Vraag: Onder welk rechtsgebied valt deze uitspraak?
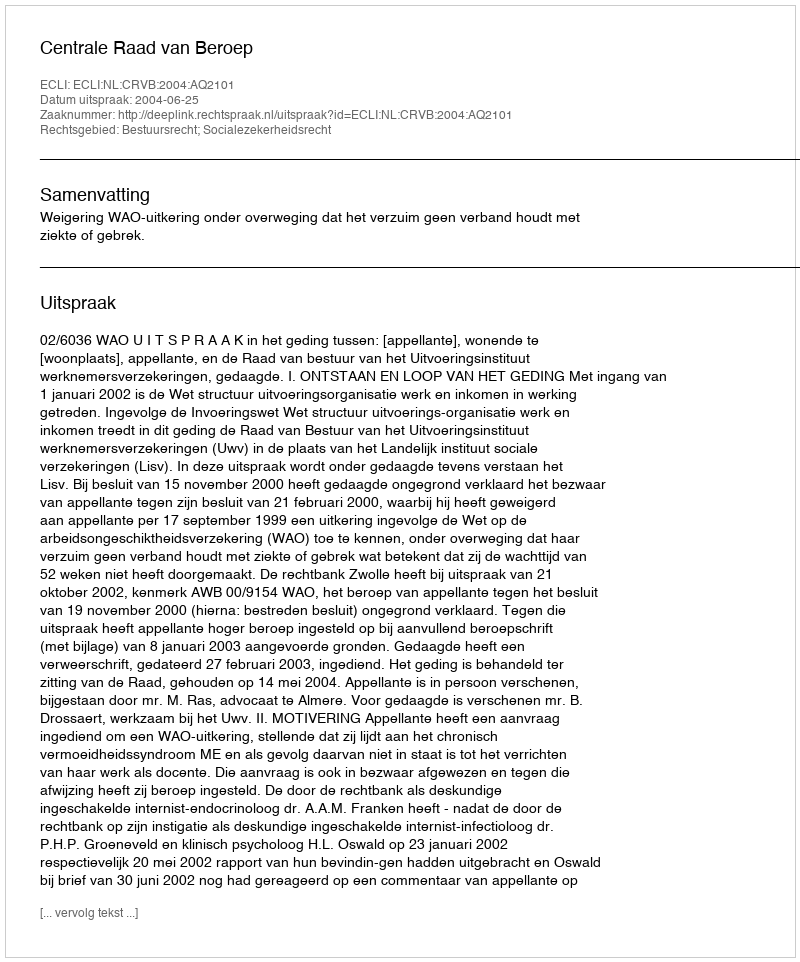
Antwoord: Bestuursrecht; Socialezekerheidsrecht